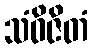
သံဝိဇိတံ